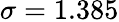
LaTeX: \sigma=1.385